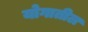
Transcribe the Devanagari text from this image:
योगातील